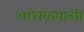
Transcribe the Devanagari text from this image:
आंधळ्याची